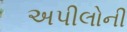
અપીલોની